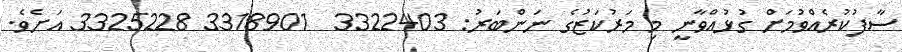
ސާފުކުރެއްވުމަށް ގުޅުއްވާނީ މި މަރުކަޒުގެ ނަންބަރު: 3322403  3318901 3325228 އަށެވެ.